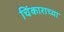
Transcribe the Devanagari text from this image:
चिंकाराच्या